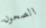
الصحون